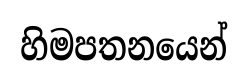
හිමපතනයෙන්